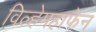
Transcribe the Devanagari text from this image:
विल्हेमहाफेन